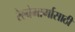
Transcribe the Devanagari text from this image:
रेल्वेमार्गासाठी